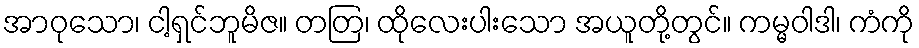
အာဝုသော၊ ငါ့ရှင်ဘူမိဇ။ တတြ၊ ထိုလေးပါးသော အယူတို့တွင်။ ကမ္မဝါဒါ၊ ကံကို